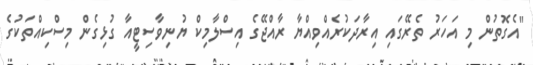
"އެގޮތުން މި އަހަރު ތެރޭގައި އިރާދަކުރެއްވިއްޔާ ރާއްޖޭގެ އިސްލާމިކް ޔުނިވާސިޓީއާ ގުޅިގެން މިސްކިއްތަކުގެ